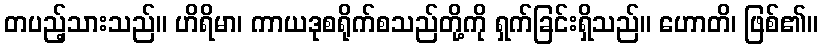
တပည့်သားသည်။ ဟိရိမာ၊ ကာယဒုစရိုက်စသည်တို့ကို ရှက်ခြင်းရှိသည်။ ဟောတိ၊ ဖြစ်၏။